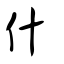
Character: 什